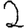
Digit: 2